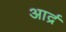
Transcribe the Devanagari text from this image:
आर्द्र